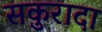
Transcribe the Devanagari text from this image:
सकुरादा